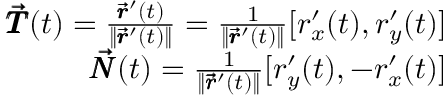
\begin{array} { r } { \pmb { \vec { T } } ( t ) = \frac { \pmb { \vec { r } } ^ { \prime } ( t ) } { \lVert \pmb { \vec { r } } ^ { \prime } ( t ) \rVert } = \frac { 1 } { \lVert \pmb { \vec { r } } ^ { \prime } ( t ) \rVert } [ r _ { x } ^ { \prime } ( t ) , r _ { y } ^ { \prime } ( t ) ] } \\ { \pmb { \vec { N } } ( t ) = \frac { 1 } { \lVert \pmb { \vec { r } } ^ { \prime } ( t ) \rVert } [ r _ { y } ^ { \prime } ( t ) , - r _ { x } ^ { \prime } ( t ) ] } \end{array}